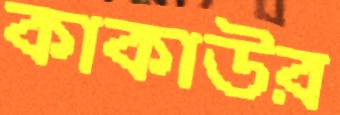
কাকাউর